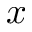
x